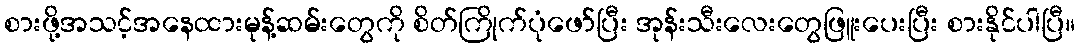
စားဖို့အသင့်အနေထားမုန့်ဆမ်းတွေကို စိတ်ကြိုက်ပုံဖော်ပြီး အုန်းသီးလေးတွေဖြူးပေးပြီး စားနိုင်ပါပြီ။